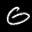
Label: 6